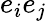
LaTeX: e_{i}e_{j}